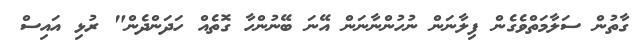
ގާތުން ސަލާމަތްވެގެން ފިލާނަން ނުހުންނާނަން އޭނަ ބޭނުންހާ ގޮތެއް ހަދަންދެން" ރުޅި އައިސް